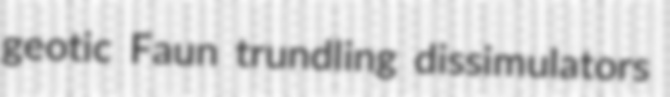
geotic Faun trundling dissimulators